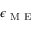
\epsilon _ { \mathrm { ~ M ~ E ~ } }